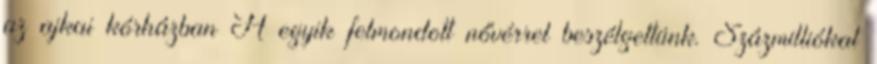
az ajkai kórházban A egyik felmondott nővérrel beszélgettünk. Százmilliókat